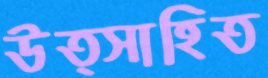
উত্সাহিত